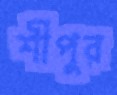
শীপুর